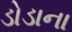
ડોડાના